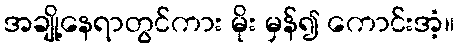
အချို့နေရာတွင်ကား မိုး မှန်၍ ကောင်းအံ့။